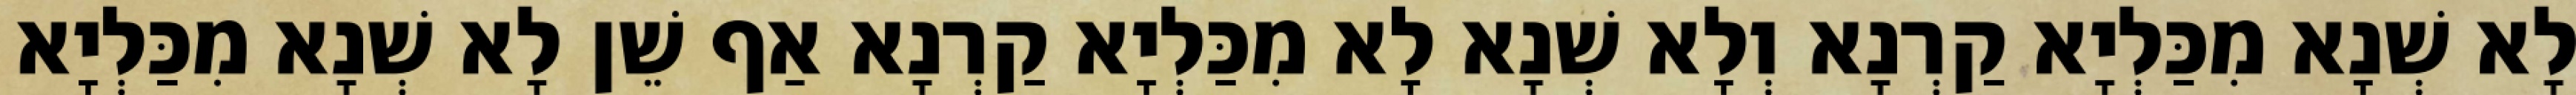
לָא שְׁנָא מִכַּלְיָא קַרְנָא וְלָא שְׁנָא לָא מִכַּלְיָא קַרְנָא אַף שֵׁן לָא שְׁנָא מִכַּלְיָא